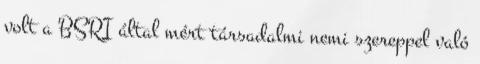
volt a BSRI által mért társadalmi nemi szereppel való